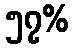
၅၇%